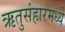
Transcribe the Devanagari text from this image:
ऋतुसंहारमध्ये